Lunatic asylums in Bengal annual reports 1888-1898 - 1888-1898
Year: 1888
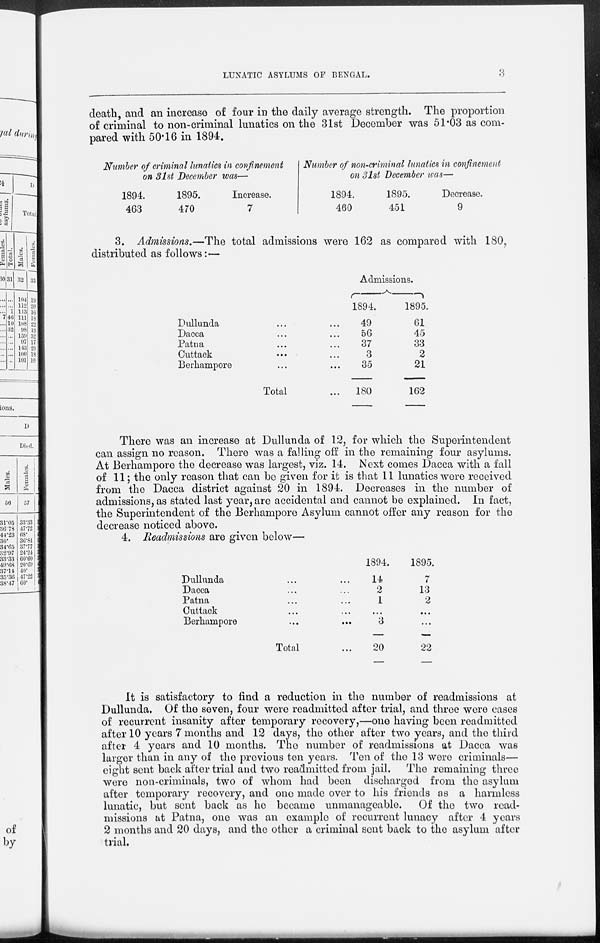
LUNATIC ASYLUMS OF BENGAL.
3
death, and an increase of four in the daily average strength. The proportion
of criminal to non-criminal lunatics on the 31st December was 51.03 as com-
pared with 50.16 in 1894.
Number of criminal lunatics in confinement
on 31st December was—
1894.
463
1895.
470
Increase.
7
Number of non-criminal lunatics in confinement
on 31st December was—
1894.
460
1895.
451
Decrease.
9
3. Admissions.—The total admissions were 162 as compared with 180,
distributed as follows:—
Dullunda ... ...
Dacca ... ...
Patna ... ...
Cuttack ... ...
Berhampore ... ...
Total ...
Admissions.
1894.
49
56
37
3
35
180
1895.
61
45
33
2
21
162
There was an increase at Dullunda of 12, for which the Superintendent
can assign no reason. There was a falling off in the remaining four asylums.
At Berhampore the decrease was largest, viz. 14. Next comes Dacca with a fall
of 11; the only reason that can be given for it is that 11 lunatics were received
from the Dacca district against 20 in 1894. Decreases in the number of
admissions, as stated last year, are accidental and cannot be explained. In fact,
the Superintendent of the Berhampore Asylum cannot offer any reason for the
decrease noticed above.
4. Readmissions are given below—
Dullunda ... ...
Dacca ... ...
Patna ... ...
Cuttack ... ...
Berhampore ... ...
Total ...
1894.
14
2
1
...
3
20
1895.
7
13
2
...
...
22
It is satisfactory to find a reduction in the number of readmissions at
Dullunda, Of the seven, four were readmitted after trial, and three were cases
of recurrent insanity after temporary recovery,—one having been readmitted
after 10 years 7 months and 12 days, the other after two years, and the third
after 4 years and 10 months. The number of readmissions at Dacca was
larger than in any of the previous ten years. Ten of the 13 were criminals—
eight sent back after trial and two readmitted from jail. The remaining three
were non-criminals, two of whom had been discharged from the asylum
after temporary recovery, and one made over to his friends as a harmless
lunatic, but sent back as he became unmanageable. Of the two read-
missions at Patna, one was an example of recurrent lunacy after 4 years
2 months and 20 days, and the other a criminal sent back to the asylum after
trial.